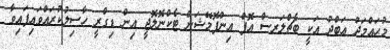
މުޙައްމަދު ޢަބްދު އަކީ ބެޗްލަރސް އޮފް އިންފޮމޭޝަން ޓެކްނޮލޮޖީ އިން ޑިގްރީ ހާސިލުކުރައްވައިފައިވާ